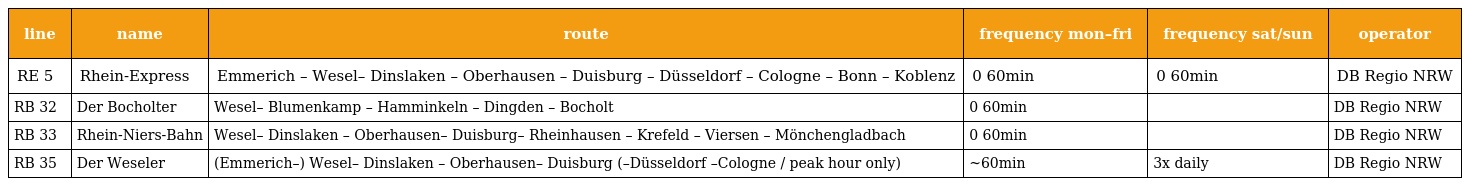
| line | name | route | frequency mon–fri | frequency sat/sun | operator |
 | --- | --- | --- | --- | --- | --- |
 | RE 5 | Rhein-Express | Emmerich – Wesel– Dinslaken – Oberhausen – Duisburg – Düsseldorf – Cologne – Bonn – Koblenz | 0 60min | 0 60min | DB Regio NRW |
 | RB 32 | Der Bocholter | Wesel– Blumenkamp – Hamminkeln – Dingden – Bocholt | 0 60min |  | DB Regio NRW |
 | RB 33 | Rhein-Niers-Bahn | Wesel– Dinslaken – Oberhausen– Duisburg– Rheinhausen – Krefeld – Viersen – Mönchengladbach | 0 60min |  | DB Regio NRW |
 | RB 35 | Der Weseler | (Emmerich–) Wesel– Dinslaken – Oberhausen– Duisburg (–Düsseldorf –Cologne / peak hour only) | ~60min | 3x daily | DB Regio NRW |